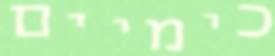
כימיים